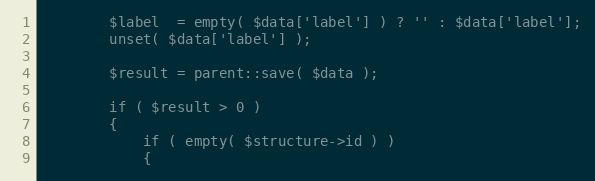
Language: PHP
        $label  = empty( $data['label'] ) ? '' : $data['label'];
        unset( $data['label'] );

        $result = parent::save( $data );

        if ( $result > 0 )
        {
            if ( empty( $structure->id ) )
            {